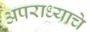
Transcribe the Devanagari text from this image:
अपराध्याचे